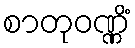
စာတုဝဏ္ဏိံ